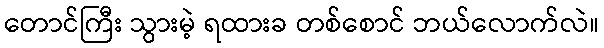
တောင်ကြီး သွားမဲ့ ရထားခ တစ်စောင် ဘယ်လောက်လဲ။